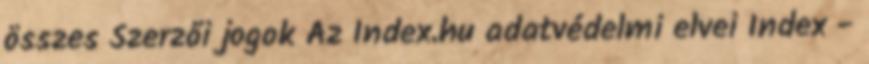
összes Szerzői jogok Az Index.hu adatvédelmi elvei Index -